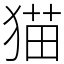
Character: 猫